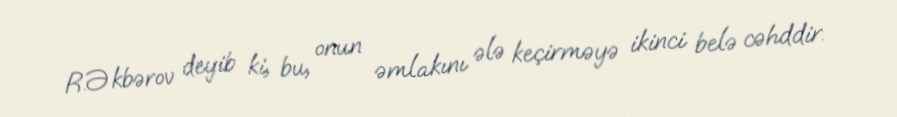
R.Əkbərov deyib ki, bu, onun əmlakını ələ keçirməyə ikinci belə cəhddir.